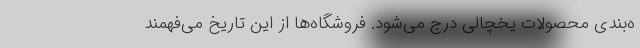
ه‌بندی محصولات یخچالی درج می‌شود. فروشگاه‌ها از این تاریخ می‌فهمند